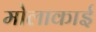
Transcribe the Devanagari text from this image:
मोलाकाई